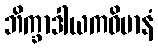
ဘိက္ခာဒါယကဝိမာနံ